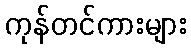
ကုန်တင်ကားများ